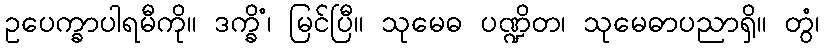
ဥပေက္ခာပါရမီကို။ ဒက္ခိံ၊ မြင်ပြီ။ သုမေဓ ပဏ္ဍိတ၊ သုမေဓာပညာရှိ။ တွံ၊